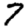
Digit: 7